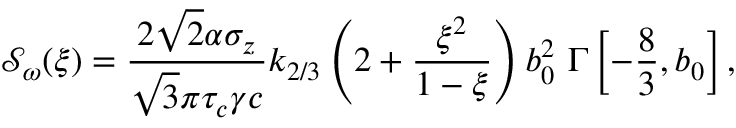
\mathcal { S } _ { \omega } ( \xi ) = \frac { 2 \sqrt { 2 } \alpha \sigma _ { z } } { \sqrt { 3 } \pi \tau _ { c } \gamma c } k _ { 2 / 3 } \left( 2 + \frac { \xi ^ { 2 } } { 1 - \xi } \right) b _ { 0 } ^ { 2 } \ \Gamma \left[ - \frac { 8 } { 3 } , b _ { 0 } \right] ,